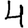
Digit: 4